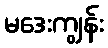
မဒေးကျွန်း